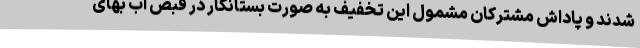
شدند و پاداش مشترکان مشمول این تخفیف به صورت بستانکار در قبض آب بهای